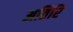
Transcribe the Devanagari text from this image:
अतिरि